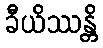
ခီယိဿန္တိ